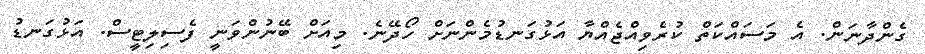
ގެންދާނަން. އެ މަސައްކަތް ކުރެވިއްޖެއްޔާ އަޅުގަނޑުމެންނަށް ހޯދޭނެ. މިއަށް ބޭނުންވަނީ ފެސިލިޓީސް. އަޅުގަނޑު